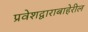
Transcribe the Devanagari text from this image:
प्रवेशद्वाराबाहेरील